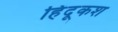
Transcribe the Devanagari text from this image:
हिंदूकश